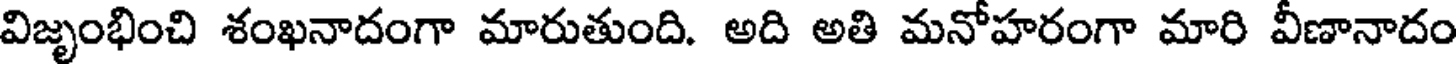
విజృంభించి శంఖనాదంగా మారుతుంది. అది అతి మనోహరంగా మారి వీణానాదం